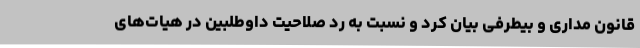
قانون مداری و بیطرفی بیان کرد و نسبت به رد صلاحیت داوطلبین در هیات‌های